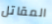
المقاتل